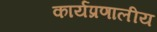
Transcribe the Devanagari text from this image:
कार्यप्रणालीय